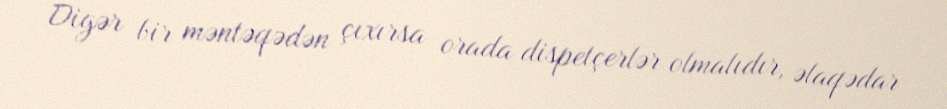
Digər bir məntəqədən çıxırsa orada dispetçerlər olmalıdır, əlaqədar